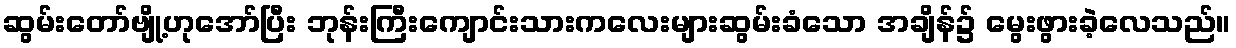
ဆွမ်းတော်ဗျို့ဟုအော်ပြီး ဘုန်းကြီးကျောင်းသားကလေးများဆွမ်းခံသော အချိန်၌ မွေးဖွားခဲ့လေသည်။